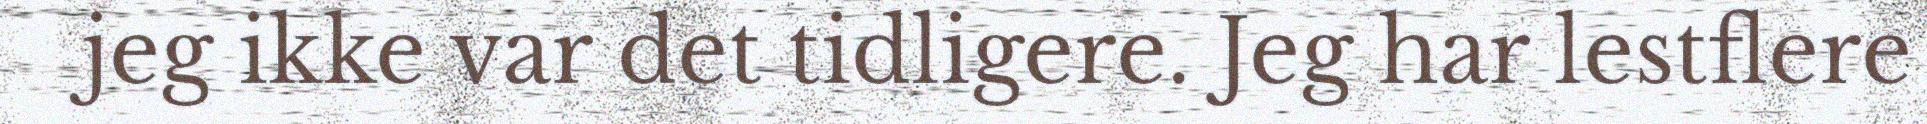
jeg ikke var det tidligere. Jeg har lestflere